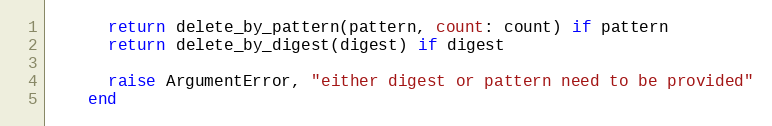
Language: Ruby
      return delete_by_pattern(pattern, count: count) if pattern
      return delete_by_digest(digest) if digest

      raise ArgumentError, "either digest or pattern need to be provided"
    end